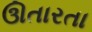
ઊતારતા